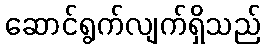
ဆောင်ရွက်လျက်ရှိသည်